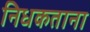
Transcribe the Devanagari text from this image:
निधकताना